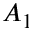
A _ { 1 }